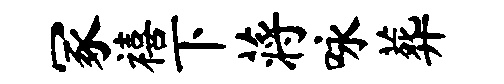
冢禧下蒋咏葬